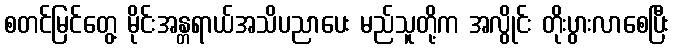
စတင်မြင်တွေ့ မိုင်းအန္တရာယ်အသိပညာပေး မည်သူတို့က အလွိုင်း တိုးပွားလာစေပြီး